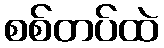
စစ်တပ်ထဲ